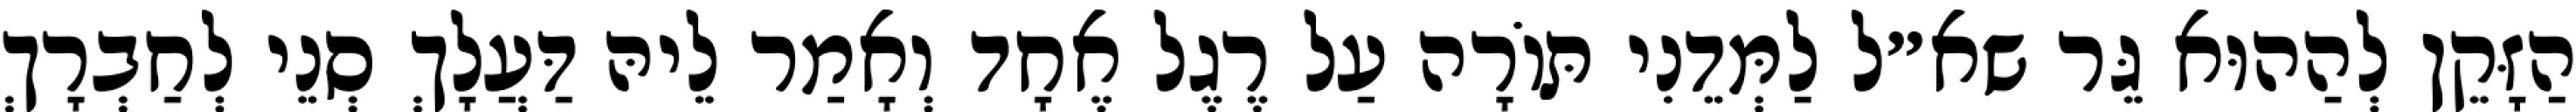
הַזָּקֵן לְהַהוּא גֵּר שא״ל לַמְּדֵנִי תּוֹרָה עַל רֶגֶל אֶחָד וְאָמַר לֵיהּ דַּעֲלָךְ סְנֵי לְחַבְרָךְ